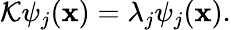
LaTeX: {\mathcal K}\psi_{j}({\mathbf x})=\lambda_{j}\psi_{j}({\mathbf x}).